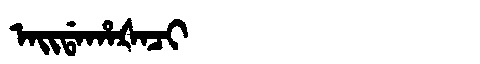
Manchu: ᠠᡳᡩᠠᡥᠠᡧᠠᠴᡳ
Romanization: AIDAHAŠACI